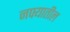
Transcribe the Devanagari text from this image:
नफ्यातील